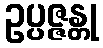
ဥပ္ပဇ္ဇန္တု